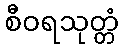
စီဝရသုတ္တံ